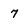
Character: 7